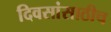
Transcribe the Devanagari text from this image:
दिवसांसाठीच